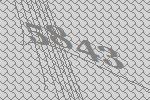
5843